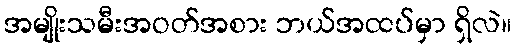
အမျိုးသမီးအဝတ်အစား ဘယ်အထပ်မှာ ရှိလဲ။